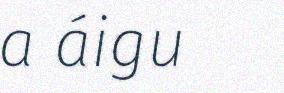
a áigu